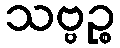
သဗ္ဗဉ္စ